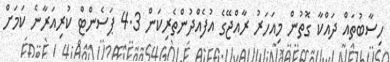
ހިސާބުތައް ދައްކާ ގޮތުން މިއަހަރު ރާއްޖޭގެ އުފެއްދުންތެރިކަން 4.3 ޕަސެންޓް ކުރިއަރާނެ ކަމަށް